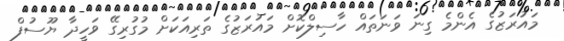
މައުރަޒުގެ އެންމެ ގިނަ ވަނަތައް ހާސިލްކޮށް މައުރަޒުގެ ތަރިއަކަށް މުގުރިގޭ ވަހީދާ ޔޫސުފް